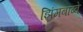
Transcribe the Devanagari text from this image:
झिंमबाब्वे